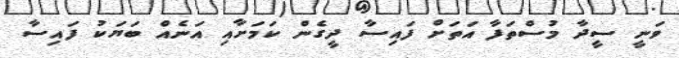
ވަނީ ސީދާ މުސްތަފާ އަތަށް ފައިސާ ދީގެން ކަމަށާއި އަނެއް ބަޔަކު ފައިސާ